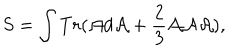
LaTeX: S = \int T r ( { \cal A } d { \cal A } + \frac { 2 } { 3 } { \cal A } { \cal A } { \cal A } ) ,